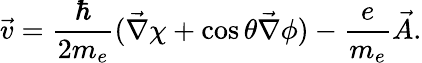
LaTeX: \vec{v}=\frac{\hbar}{2m_{e}}(\vec{\nabla}\chi+\cos\theta\vec{\nabla}\phi)-\frac{e}{m_{e}}\vec{A}.